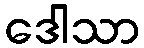
ဒေါသာ